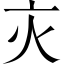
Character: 𬽄